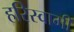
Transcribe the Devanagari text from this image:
हरिस्वामी